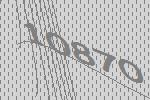
10870